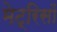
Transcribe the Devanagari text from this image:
मेट्रिसों